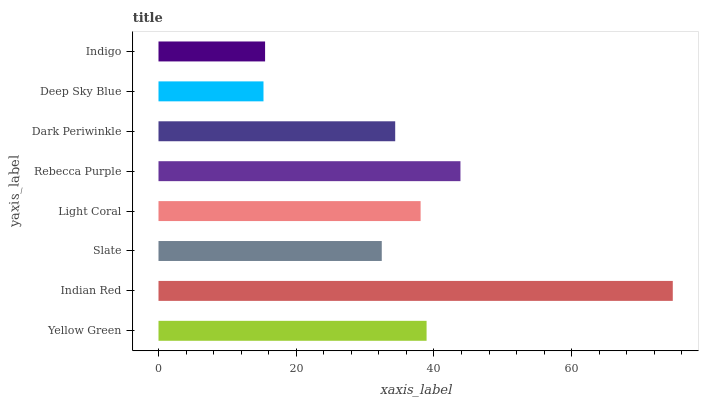
| yaxis_label | bars |
 | --- | --- |
 | Yellow Green | 38.9 |
 | Indian Red | 74.7 |
 | Slate | 32.4 |
 | Light Coral | 38.1 |
 | Rebecca Purple | 43.8 |
 | Dark Periwinkle | 34.4 |
 | Deep Sky Blue | 15.2 |
 | Indigo | 15.5 |